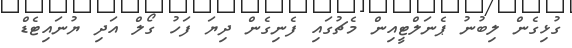
ގުޅިގެން ލިބުނު ޕެނަލްޓީއިން މެޗުގައި ފެނިގެން ދިޔަ ފަހު ގޯލް އަދި ޔުނައިޓެޑް